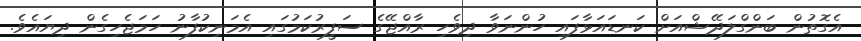
އެގޮތުން ބަންގްލަދޭޝްއަށް ކަނޑައަޅާފައި ހުންނަވާ ދިވެހި ރާއްޖޭގެ ސަފީރުކަމުގައި އެމަނިކުފާނު ހަމަޖެހިގެން ދިޔައެވެ.